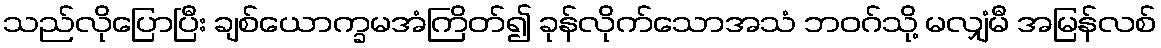
သည်လိုပြောပြီး ချစ်ယောက္ခမအံကြိတ်၍ ခုန်လိုက်သောအသံ ဘဝဂ်သို့ မလျှံမီ အမြန်လစ်